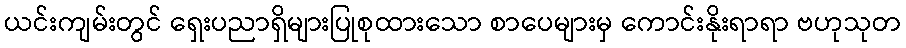
ယင်းကျမ်းတွင် ရှေးပညာရှိများပြုစုထားသော စာပေများမှ ကောင်းနိုးရာရာ ဗဟုသုတ